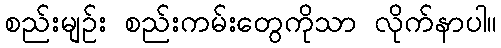
စည်းမျဉ်း စည်းကမ်းတွေကိုသာ လိုက်နာပါ။